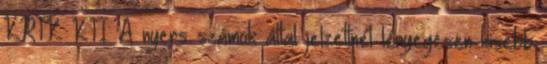
KRTK KTI: A nyers számok által jelzettnél lényegesen kisebb